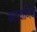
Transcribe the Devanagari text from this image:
कल्याणिचा